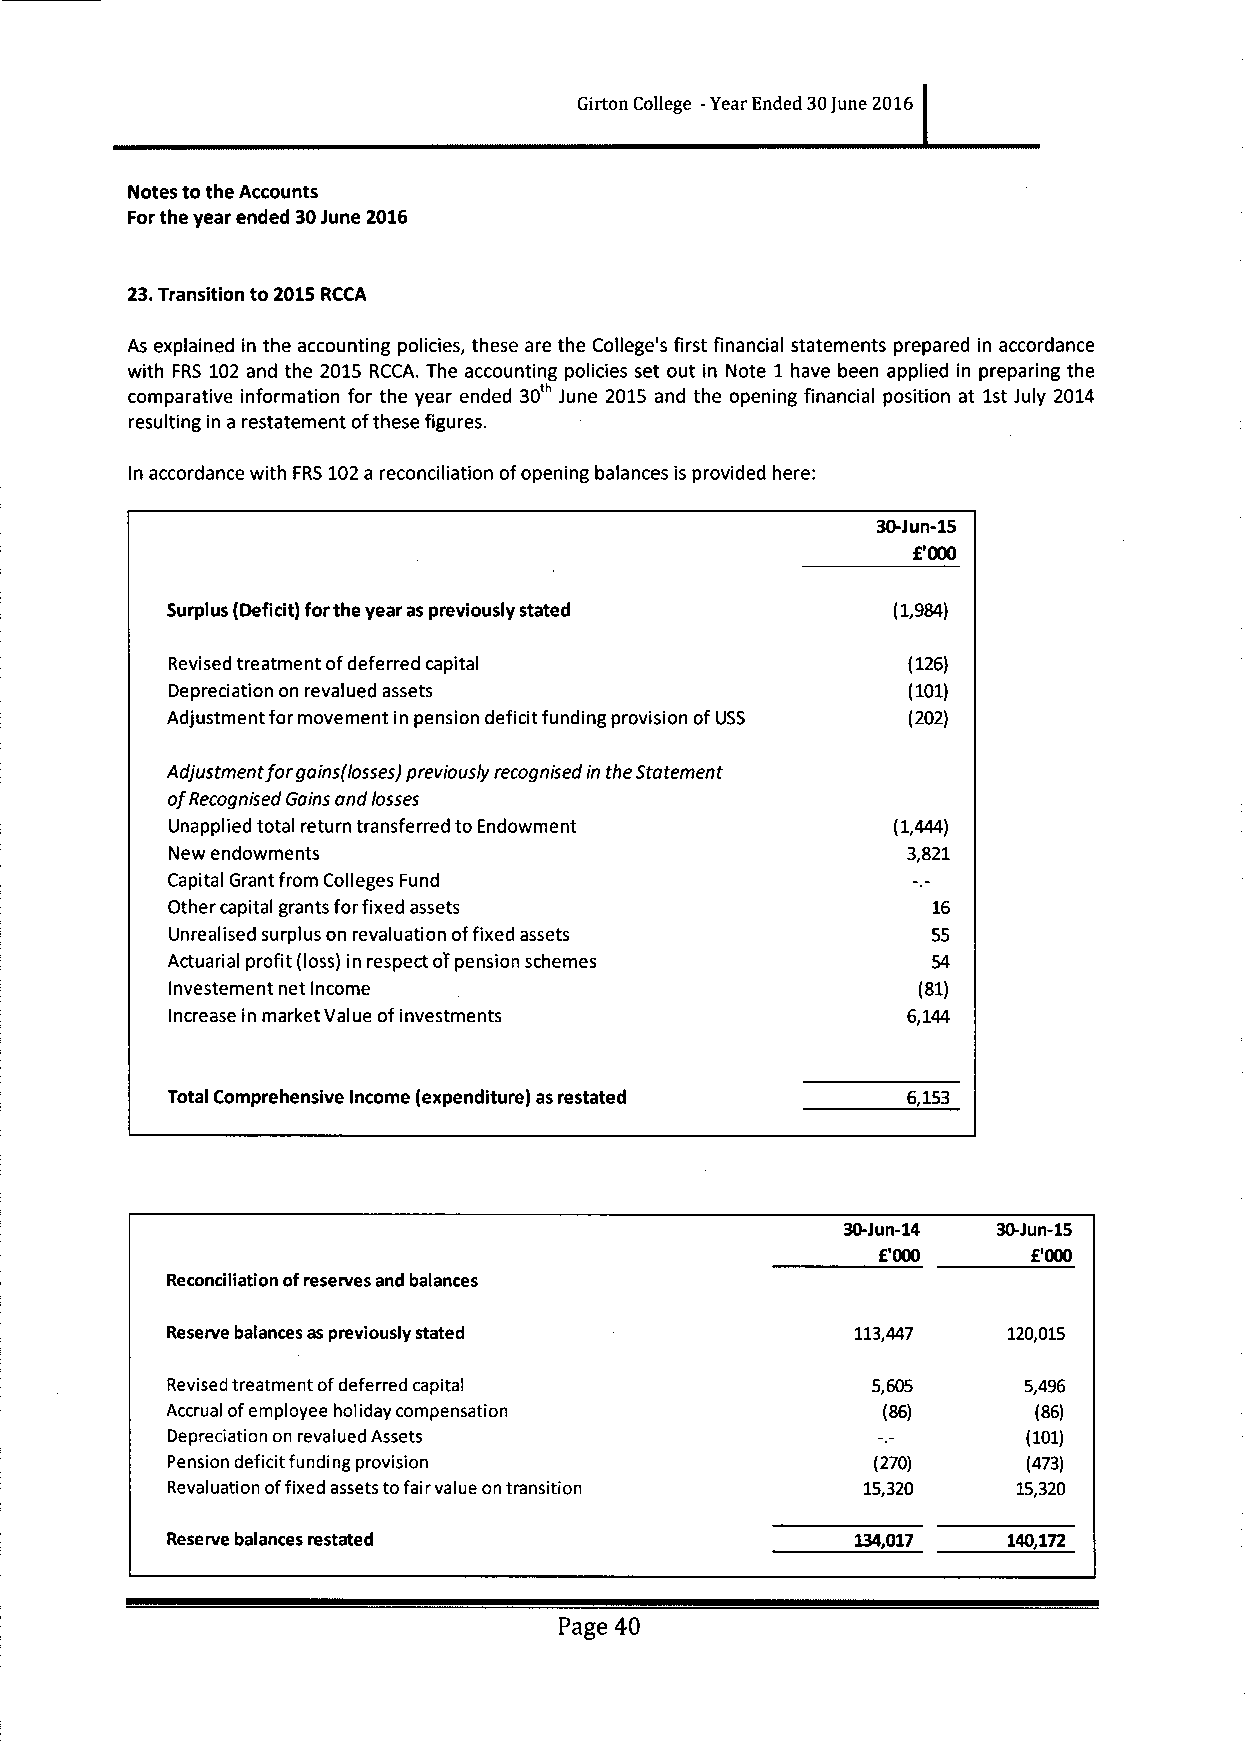
Girton College -Year Ended 30June 2016
 Notes to the Accounts
 Forthe year ended 30June 2016
 23.Transition to 2015RCCA
 As explained in the accounting policies, these are the College's first financial statements prepared in accordance
 with FRS 102 and the 2015 RCCA. The accounting policies set out in Note 1have been applied in preparing the
 comparative information for the year ended 30 June 2015 and the opening financial position at 1st July 2014
 resulting in a restatement ofthese figures.
 In accordance with FRS102a reconciliation ofopening balances is provided here:
 30-Jun-15
 f'000
 Surplus (Deficit) forthe year as previously stated (1,984)
 Revised treatment ofdeferred capital             (126)
 Depreciation on revalued assets                  (101)
 Adjustment for movement in pension deficit funding provision ofUSS (202)
 Adjustment forgains(losses) previously recognised in the Statement
 ofRecognised Gains and losses
 Unapplied total return transferred to Endowment (1,444)
 New endowments                                   3,821
 Capital Grant from Colleges Fund
 Other capital grants forfixed assets               16
 Unrealised surplus on revaluation offixed assets   55
 Actuarial profit (loss) in respect ofpension schemes 54
 Investement net Income                            (81)
 Increase in market Value ofinvestments           6,144
 Total Comprehensive Income (expenditure) asrestated 6,153
 30-Jun-14 30-Jun-15
 E'000     f'000
 Reconciliation ofreserves and balances
 Reserve balances as previously stated         113,447   120,015
 Revised treatment ofdeferred capital           5,605     5,496
 Accrual ofemployee holiday compensation        (86)       (86)
 Depreciation on revalued Assets                          (101)
 Pension deficit funding provision              (270)     (473)
 Revaluation offixed assets tofair value on transition 15,320 15,320
 Reserve balances restated                     134,017   140,172
 Page 40